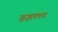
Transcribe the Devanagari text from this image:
हइलर